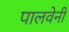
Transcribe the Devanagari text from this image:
पालवेनी